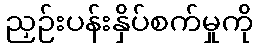
ညှဉ်းပန်းနှိပ်စက်မှုကို